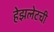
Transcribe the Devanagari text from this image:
हेझलेटची